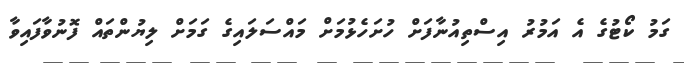
ގަމު ކޯޓުގެ އެ އަމުރު އިސްތިއުނާފަށް ހުށަހެޅުމަށް މައްސަލައިގެ ގަމަށް ލިޔުންތައް ފޮނުވާފައިވާ